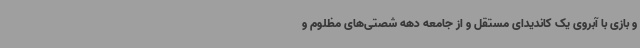
و بازی با آبروی یک کاندیدای مستقل و از جامعه دهه شصتی‌های مظلوم و